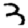
Digit: 3